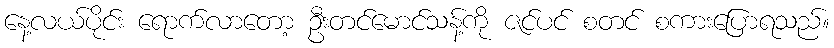
နေ့လယ်ပိုင်း ရောက်လာတော့ ဦးတင်မောင်သန့်ကို ဇင်ပင် စတင် စကားပြောရသည်။